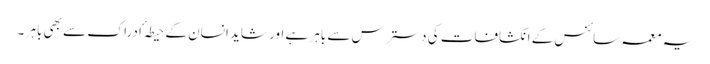
یہ معمہ سائنس کے انکشافات کی دسترس سے باہر ہے اور شاید انسان کے حیطہ ٴ ادراک سے بھی باہر ۔